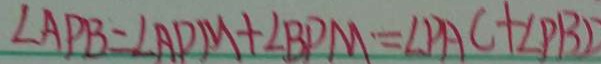
\angle A P B = \angle A D M + \angle B P M = \angle P A C + \angle P B D